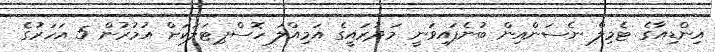
އިންޑިއާގެ ޓެމިލް ނެސަންއިން ބުނެފައިވަނީ މަދުރައީގެ އަމިއްލަ ހޮސްޕިޓަލަކަށް އުމުރުން 5 އަހަރުގެ